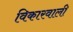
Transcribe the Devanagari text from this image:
विकारवाली